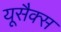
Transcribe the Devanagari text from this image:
यूसैक्स